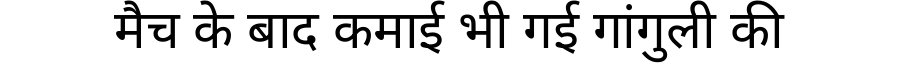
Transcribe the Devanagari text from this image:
मैच के बाद कमाई भी गई गांगुली की